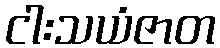
ငါးသယံဇာတ